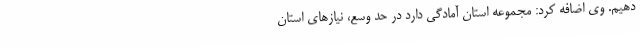
دهیم. وی اضافه کرد: مجموعه استان آمادگی دارد در حد وسع، نیازهای استان